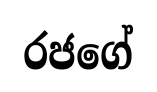
රජගේ